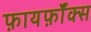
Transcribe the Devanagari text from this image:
फ़ायर्फ़ॉक्स